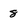
Character: 8